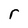
Character: r